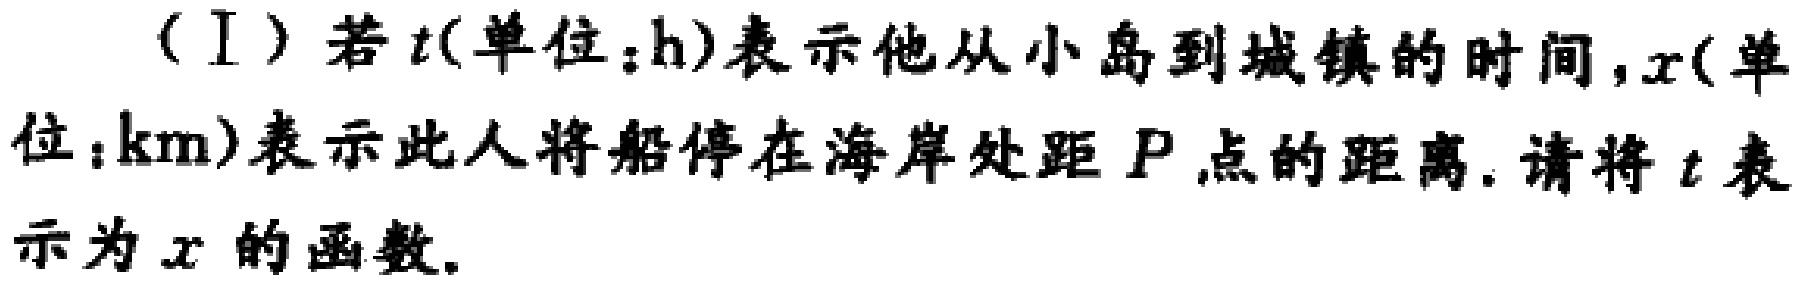
（Ⅰ）若\(t\)(单位：\(h\))表示他从小岛到城镇的时间，\(x\)(单位：\(km\))表示此人将船停在海岸处距 \(P\) 点的距离. 请将 \(t\) 表示为 \(x\) 的函数.